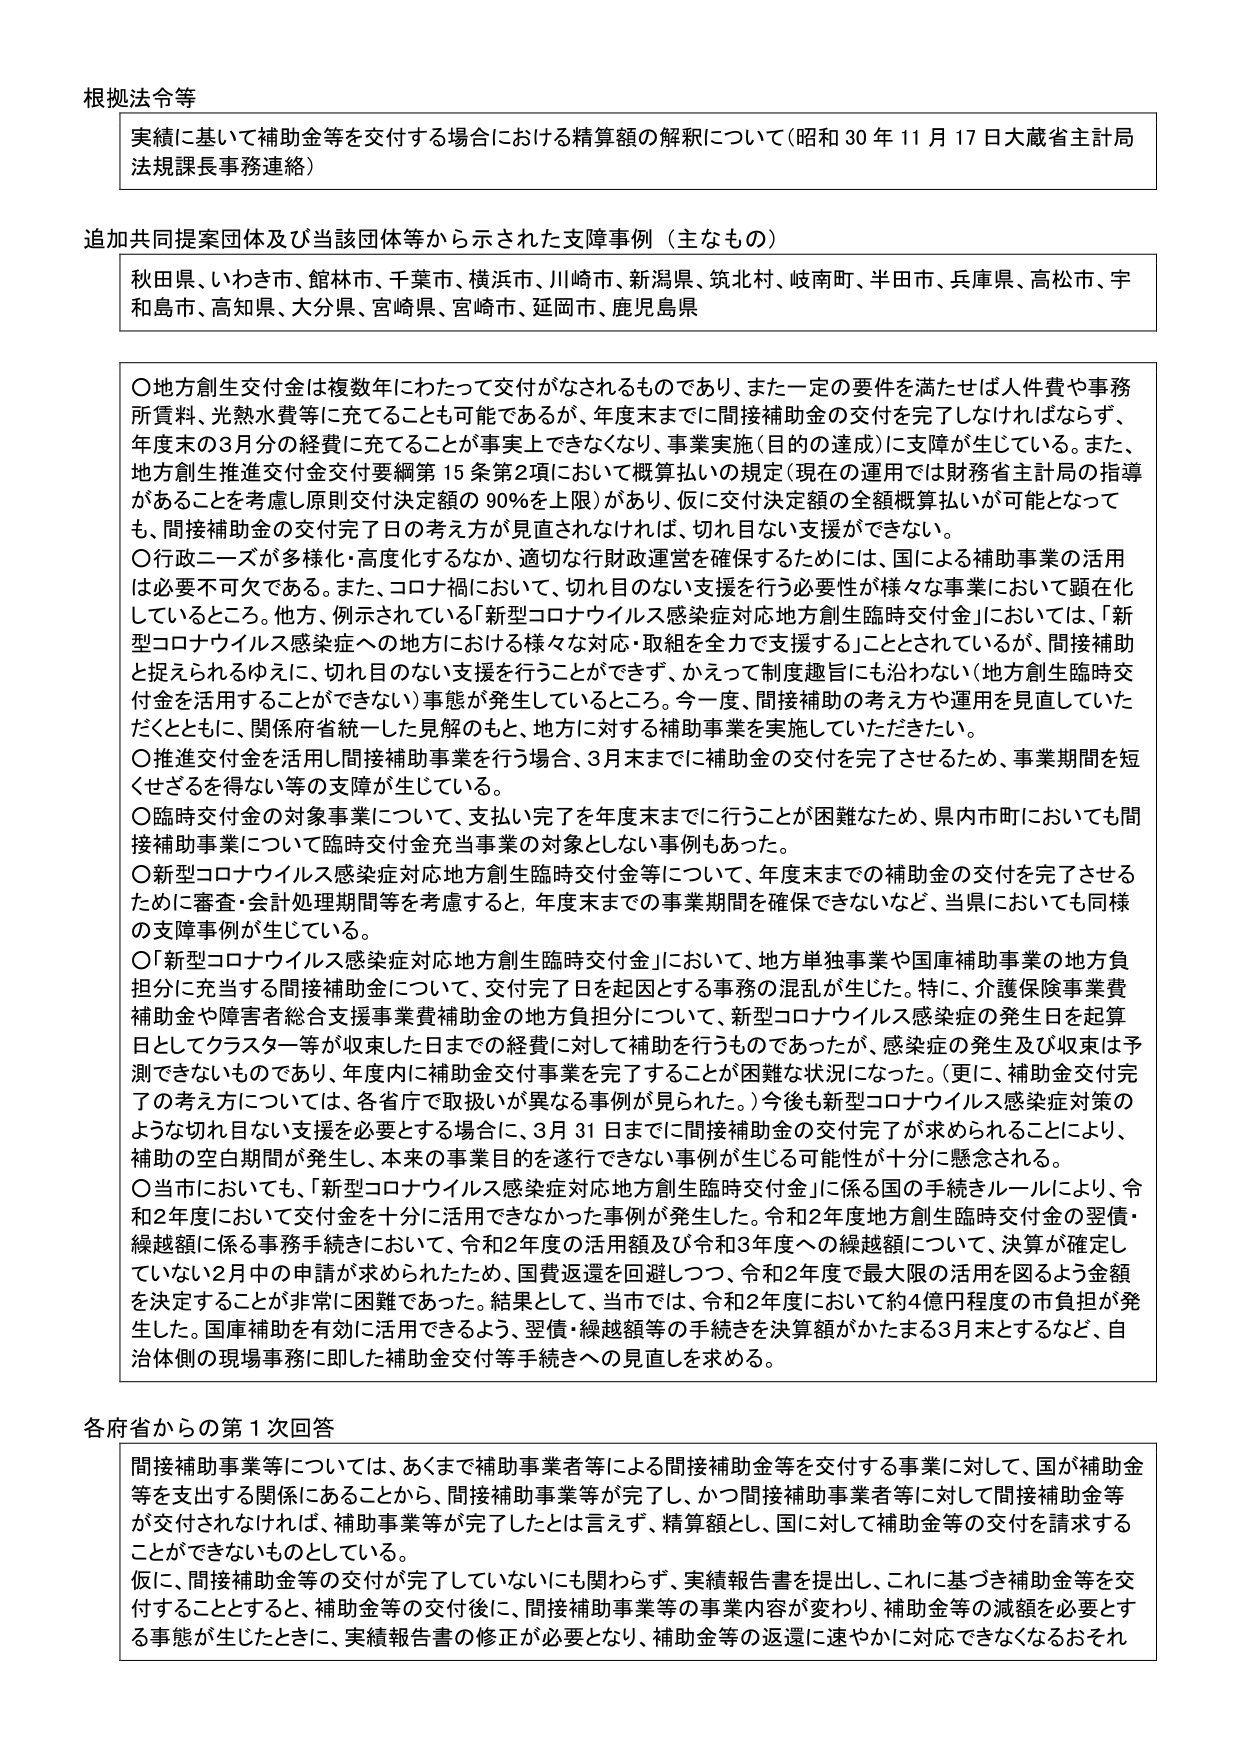
根拠法令等
実績に基づいて補助金等を交付する場合における精算額の解釈について（昭和30年11月17日大蔵省主計局法規課長事務連絡）

追加共同提案団体及び当該団体等から示された支障事例（主なもの）
秋田県、いわき市、館林市、千葉市、横浜市、川崎市、新潟県、筑北村、岐南町、半田市、兵庫県、高松市、宇和島市、高知県、大分県、宮崎県、宮崎市、延岡市、鹿児島県

〇地方創生交付金は複数年にわたって交付がなされるものであり、また一定の要件を満たせば人件費や事務所賃料、光熱水費等に充てることも可能であるが、年度末までに間接補助金の交付を完了しなければならず、年度末の3月分の経費に充てることができないことが事実上できなくなり、事業実施（目的の達成）に支障が生じている。また、地方創生推進交付金交付要綱第15条第2項において概算払いの規定（現在の運用では財務省主計局の指導があることを考慮し原則交付決定額の90％を上限）があり、仮に交付決定額の全額概算払いが可能となっても、間接補助金の交付完了日の考え方が見直されなければ、切れ目ない支援ができなくない。
〇行政ニーズが多様化・高度化するなか、適切な行財政運営を確保するためには、国による補助事業の活用は必要不可欠である。また、コロナ禍において、切れ目のない支援を行う必要性が様々な事業において顕在化しているところ。他方、例示されている「新型コロナウイルス感染症対応地方創生臨時交付金」においては、「新型コロナウイルス感染症への地方における様々な対応・取組を全力で支援する」こととされているが、間接補助と捉えられるゆえに、切れ目ない支援を行うことができず、かえって制度趣旨にも沿わない（地方創生臨時交付金を活用することができない）事態が発生しているところ。今一度、間接補助の考え方や運用を見直していただくとともに、関係府省統一した見解のもと、地方に対する補助事業を実施していただきたい。
〇推進交付金を活用し間接補助事業を行う場合、3月末までに補助金の交付を完了させるため、事業期間を短くせざるを得ない等の支障が生じている。
〇臨時交付金の対象事業について、支払い完了を年度末までに行うことが困難なため、県内市町においても間接補助事業について臨時交付金充当事業の対象としない事例もあった。
〇新型コロナウイルス感染症対応地方創生臨時交付金等について、年度末までの補助金の交付を完了させるために審査・会計処理期間等を考慮すると、年度末までの事業期間を確保できないなど、当県においても同様の支障事例が生じている。
〇「新型コロナウイルス感染症対応地方創生臨時交付金」において、地方単独事業や国庫補助事業の地方負担分に充当する間接補助金について、交付完了日を起算とする事務の混乱が生じた。特に、介護保険事業費補助金や障害者総合支援事業費補助金の地方負担分について、新型コロナウイルス感染症の発生日を起算日としてクラスター等が収束した日までの経費に対して補助を行うものであったが、感染症の発生及び収束は予測できないものであり、年度内に補助金交付事業を完了することが困難な状況になった。（更に、補助金交付完了の考え方については、各省庁で取扱いが異なる事例が見られた。）今後も新型コロナウイルス感染症対策のような切れ目ない支援を必要とする場合に、3月31日までに間接補助金の交付完了が求められることにより、補助の空白期間が発生し、本来の事業目的を遂行できない事例が生じる可能性が十分に懸念される。
〇当市においても、「新型コロナウイルス感染症対応地方創生臨時交付金」に係る国の手続きルールにより、令和2年度において交付金を十分に活用できなかった事例が発生した。令和2年度地方創生臨時交付金の翌債・繰越額に係る事務手続きにおいて、令和2年度の活用額及び令和3年度への繰越額について、決算が確定していない2月中の申請が求められたため、国費返還を回避しつつ、令和2年度で最大限度の活用を図るよう金額を決定することが非常に困難であった。結果として、当市では、令和2年度において約4億円程度の市負担が発生した。国庫補助を有効に活用できるよう、翌債・繰越額等の手続きを決算額がかたまる3月末とするなど、自治体側の現場事務に即した補助金交付等手続きへの見直しを求める。

各府省からの第1次回答
間接補助事業等については、あくまで補助事業者等による間接補助金等を交付する事業に対して、国が補助金等を支出する関係にあることから、間接補助事業等が完了し、かつ間接補助事業者等に対して間接補助金等が交付されなければ、補助事業等が完了したとは言えず、精算額とし、国に対して補助金等の交付を請求することができないものとしている。
仮に、間接補助金等の交付が完了していないにも関わらず、実績報告書を提出し、これに基づき補助金等を交付することとすると、補助金等の交付後に、間接補助事業等の事業内容が変わり、補助金等の減額を必要とする事態が生じたときに、実績報告書の修正が必要となり、補助金等の返還に速やかに対応できなくなるおそれ